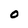
Character: o